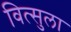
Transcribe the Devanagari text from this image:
वित्सुला